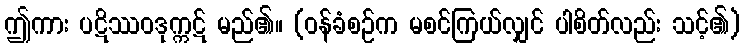
ဤကား ပဋိဿဝဒုက္ကဋ် မည်၏။ (ဝန်ခံစဉ်က မစင်ကြယ်လျှင် ပါစိတ်လည်း သင့်၏)